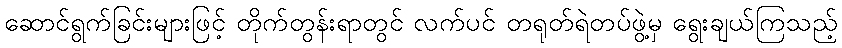
ဆောင်ရွက်ခြင်းများဖြင့် တိုက်တွန်းရာတွင် လက်ပင် တရုတ်ရဲတပ်ဖွဲ့မှ ရွေးချယ်ကြသည့်